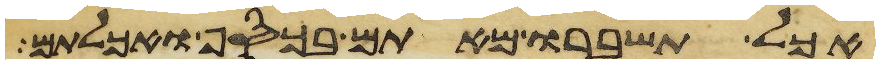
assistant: אכל תשברו מאתם בכסף ואכלתם